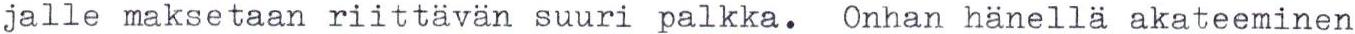
jalle maksetaan riittävän suuri palkka. Onhan hänellä akateeminen